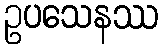
ဥပသေနဿ